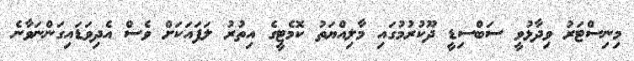
މިނިސްޓަރު ވިދާޅުވީ ސަބްސިޑީ ދޫކުރުމުގައި މާލިއްޔަތު ކޮމެޓީގެ އިތުރު ލަފައަކަށް ވެސް އެދިވަޑައިގަންނަވާނެ